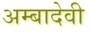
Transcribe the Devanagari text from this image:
अम्बादेवी